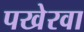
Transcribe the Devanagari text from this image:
पखेरवा